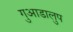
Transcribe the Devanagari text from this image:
गुआडालुप